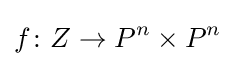
f\colon Z\to P^{n}\times P^{n}